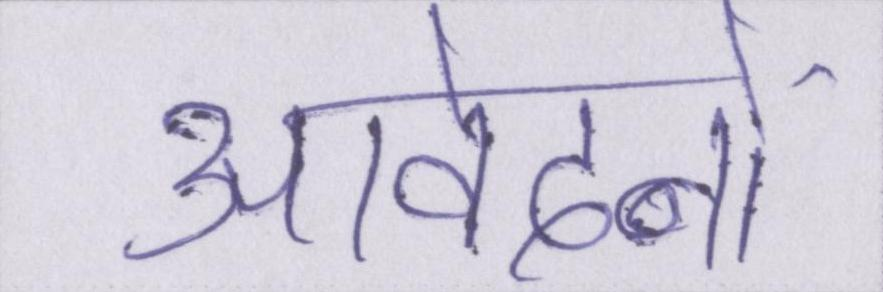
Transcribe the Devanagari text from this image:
आवेदनों